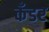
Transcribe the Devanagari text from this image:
कँडर